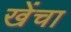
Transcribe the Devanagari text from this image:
खेंचा